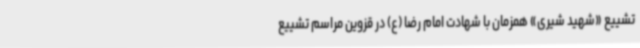
تشییع «شهید شیری» همزمان با شهادت امام رضا (ع) در قزوین مراسم تشییع